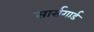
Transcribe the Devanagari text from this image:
सार्सगार्ड